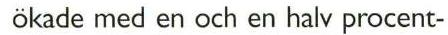
 ökade med en och en halv procent-